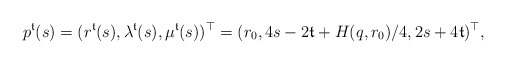
\begin{align*}p^\mathfrak{t}(s) = (r^\mathfrak{t}(s), \lambda^\mathfrak{t}(s), \mu^\mathfrak{t}(s))^\top = (r_0, 4s-2\mathfrak{t}+H(q,r_0)/4, 2s+4\mathfrak{t})^\top,\end{align*}